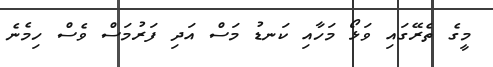
މީގެ ތެރޭގައި ވަޅޯ މަހާއި ކަނޑު މަސް އަދި ފަރުމަސް ވެސް ހިމެނެ